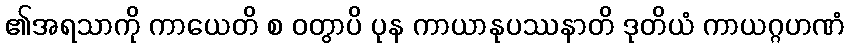
၏အရသာကို ကာယေတိ စ ဝတွာပိ ပုန ကာယာနုပဿနာတိ ဒုတိယံ ကာယဂ္ဂဟဏံ